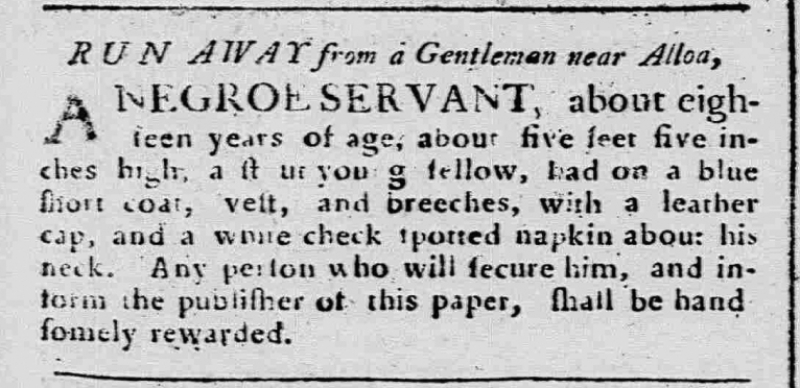
Caledonian Mercury, 10 December 1766 (Scotland)
   RUN AWAY from a Gentleman near Alloa,A NEGROE SERVANT, about eighteen years of age, about five feet five inches high, a st[o]ut you[n]g fellow, had on a blue short coat, vest, and breeches, with a leather cap, and a white check spotted napkin about his neck. Any person who will secure him, and inform the publisher of this paper, shall be handsomely rewarded.